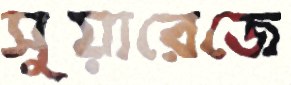
সুয়ারেজে